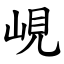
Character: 峴